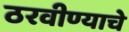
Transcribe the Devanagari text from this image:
ठरवीण्याचे